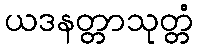
ယဒနတ္တာသုတ္တံ